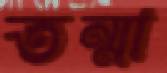
তন্মা